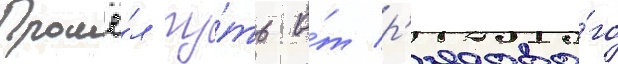
Прошё́л пу́ть о́т р'ядово́го